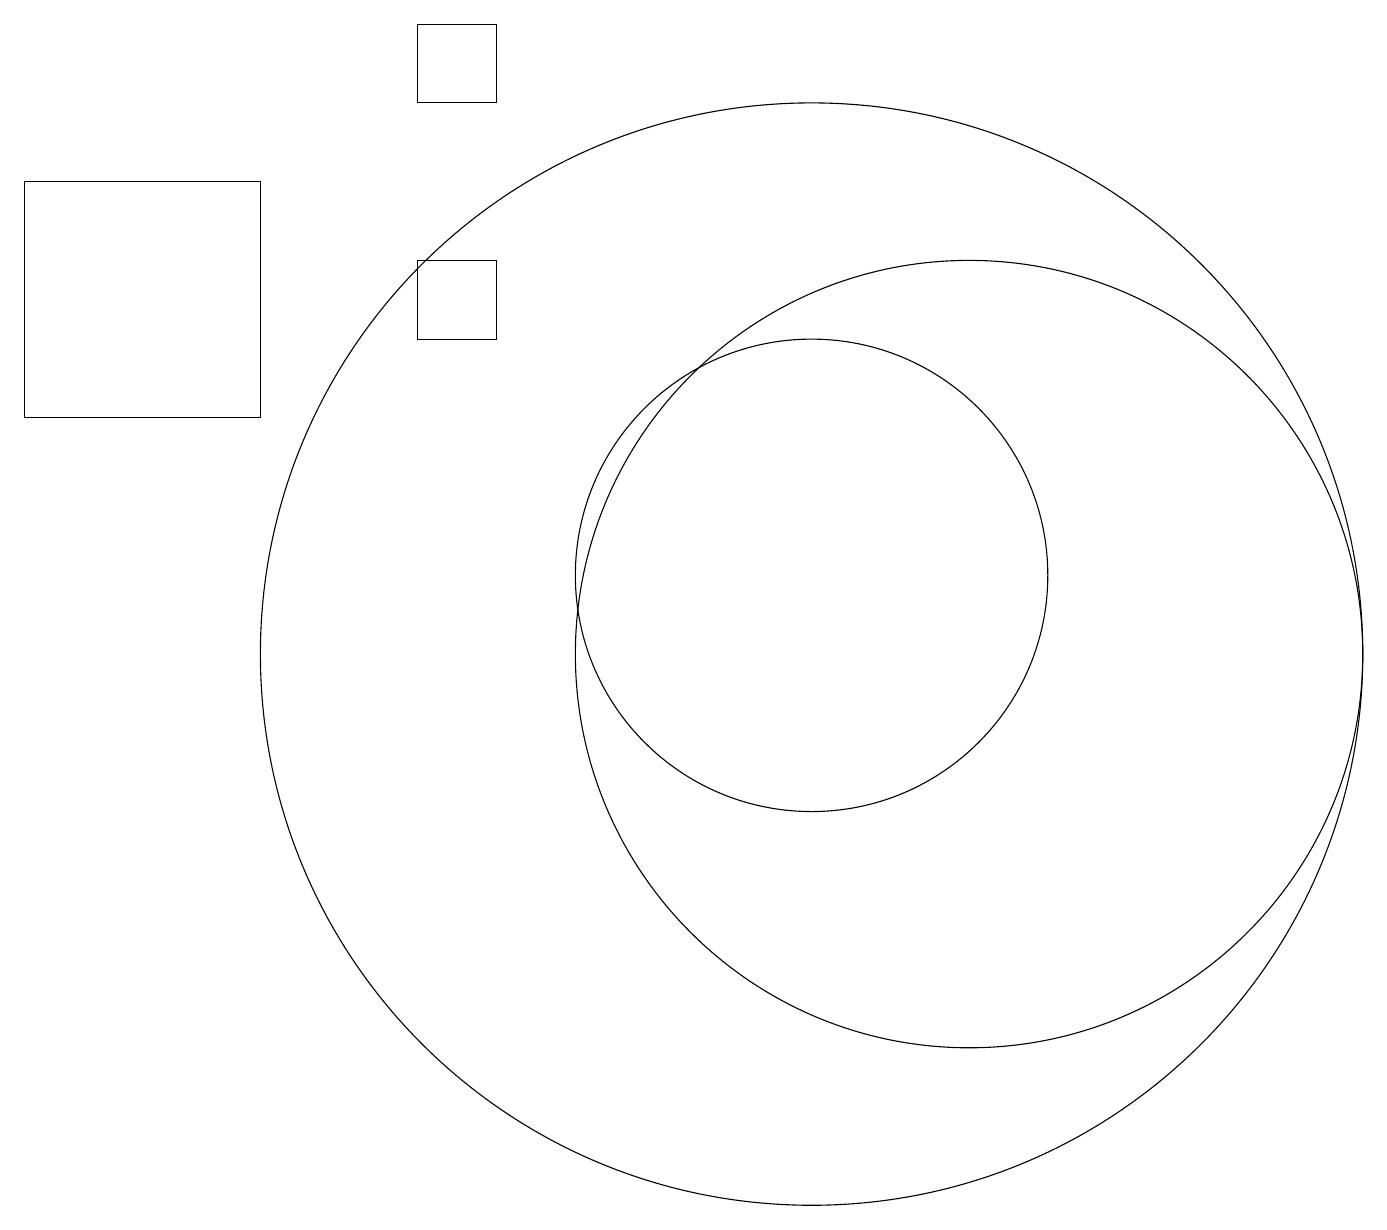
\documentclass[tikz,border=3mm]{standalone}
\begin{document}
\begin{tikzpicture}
\draw (11,10) circle (0);
\draw (10,12) circle (3);
\draw (6,16) rectangle (5,15);
\draw (6,18) rectangle (5,19);
\draw (12,11) circle (5);
\draw (10,11) circle (7);
\draw (0,14) rectangle (3,17);
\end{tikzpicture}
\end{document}